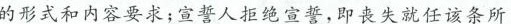
的形式和内容要求；宣誓人拒绝宣誓，即丧失就任该条所